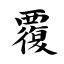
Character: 覆